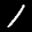
Label: 1